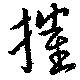
摧